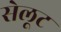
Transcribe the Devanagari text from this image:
सेलूट